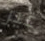
غير